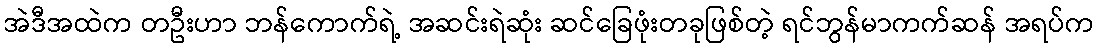
အဲဒီအထဲက တဦးဟာ ဘန်ကောက်ရဲ့ အဆင်းရဲဆုံး ဆင်ခြေဖုံးတခုဖြစ်တဲ့ ရင်ဘွန်မာကက်ဆန် အရပ်က